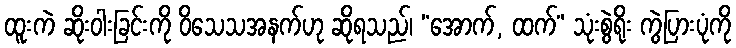
ထူးကဲ ဆိုးဝါးခြင်းကို ဝိသေသအနက်ဟု ဆိုရသည်၊ “အောက်, ထက်” သုံးစွဲရိုး ကွဲပြားပုံကို